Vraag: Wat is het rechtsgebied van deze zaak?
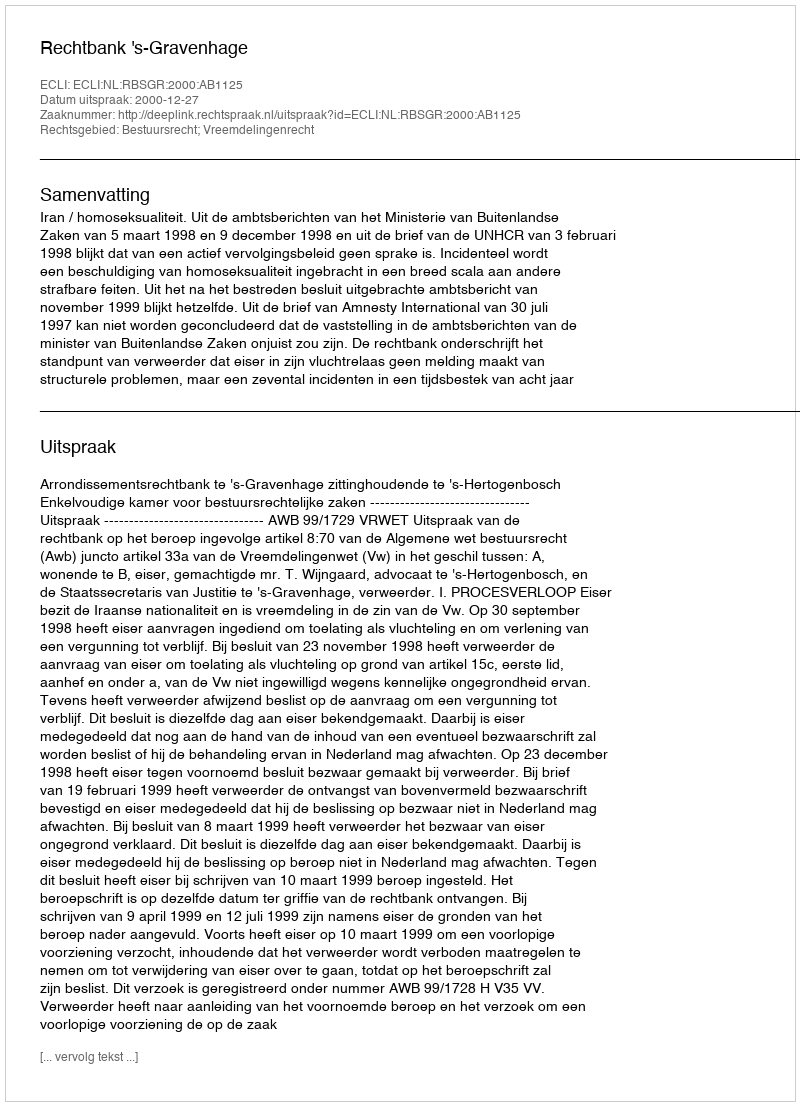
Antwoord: Bestuursrecht; Vreemdelingenrecht